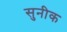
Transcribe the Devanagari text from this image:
सुनीक